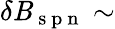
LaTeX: \delta\mathit{B}_{\mathrm{{~s~p~n~}}}\sim